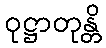
ဝုဋ္ဌာတုန္တိ